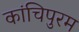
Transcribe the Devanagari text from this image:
कांचिपुरम